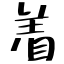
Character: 着